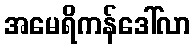
အမေရိကန်ဒေါ်လာ